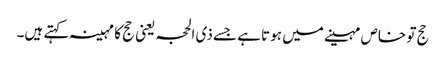
حج تو خاص مہینے میں ہوتا ہے جسے ذی الحجہ یعنی حج کا مہینہ کہتے ہیں۔